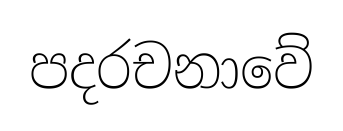
පදරචනාවේ